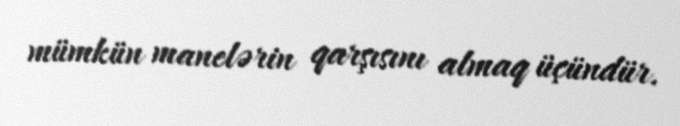
mümkün manelərin qarşısını almaq üçündür.